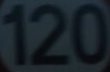
120